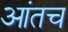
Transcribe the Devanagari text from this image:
आंतच